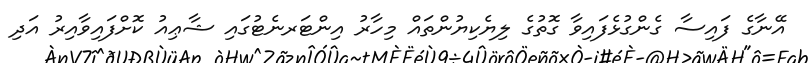
އޭނާގެ ފައިސާ ގެންގުޅެފައިވާ ގޮތުގެ ލިޔެކިޔުންތައް މިހާރު އިންޓަރނެޓުގައި ޝާޢިއު ކޮށްފައިވާއިރު އަދި